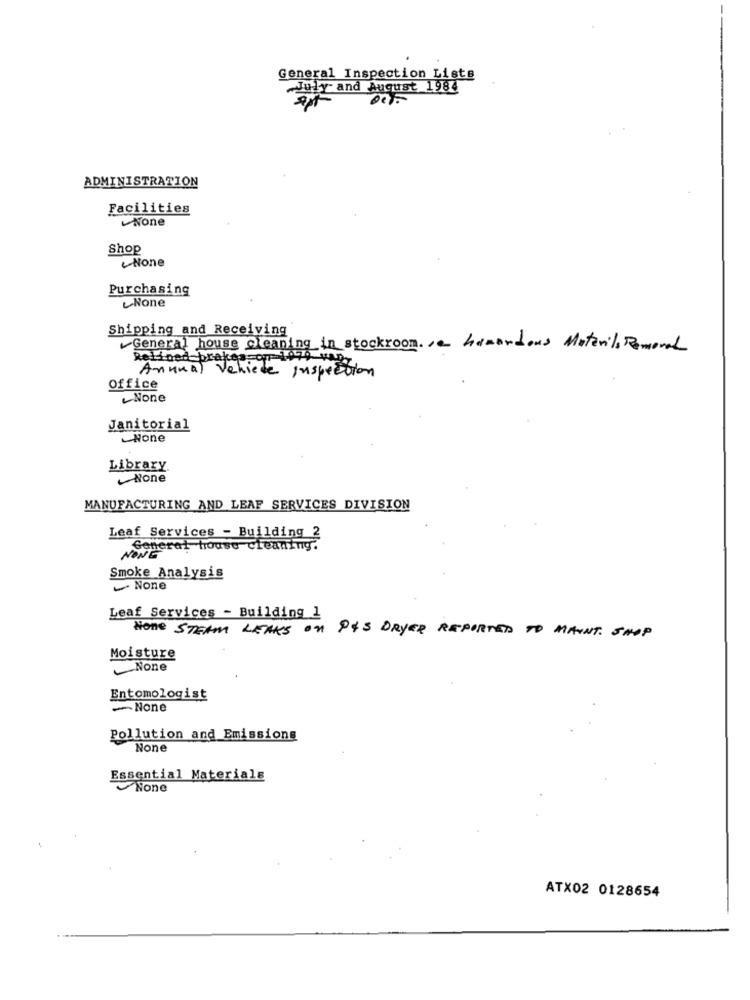
General Inspection Lists
July and August 1984
ADMINISTRATION
Facilities
Shop
Purchasing
Shipping and Receiving
General house cleaning in stockroom. hamardons Materil, Removal
Retfood brakes q
Annual Vehicle Inspection
Office
Janitorial
Library
MANUFACTURING AND LEAF SERVICES DIVISION
Leaf Services - Building 2
General house cleaning.
NONE
Smoke Analysis
Leaf Services - Building 1
HOME STEAM LEAKS ON P&S DRYER REPORTED TO MAINT. SHOP
Moisture
Entomologist
-None
Pollution and Emissions
Essential Materials
ATX02 0128654